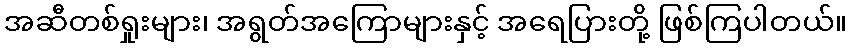
အဆီတစ်ရှုးများ၊ အရွတ်အကြောများနှင့် အရေပြားတို့ ဖြစ်ကြပါတယ်။